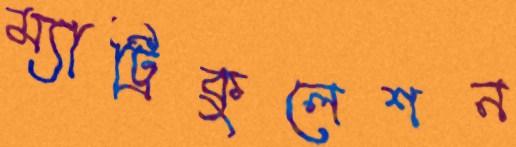
ম্যাট্রিকুলেশন